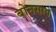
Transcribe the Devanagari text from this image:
बोनसाय